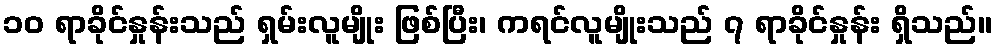
၁၀ ရာခိုင်နှုန်းသည် ရှမ်းလူမျိုး ဖြစ်ပြီး၊ ကရင်လူမျိုးသည် ၇ ရာခိုင်နှုန်း ရှိသည်။